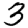
Digit: 3